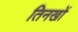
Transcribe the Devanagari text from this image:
तिनखों